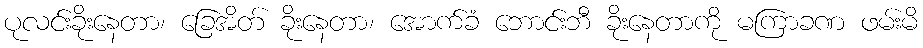
ပုလင်းခိုးနေတာ၊ ခြေအိတ် ခိုးနေတာ၊ အောက်ခံ ဘောင်းဘီ ခိုးနေတာကို မကြာခဏ ဖမ်းမိ